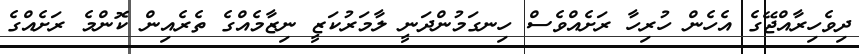
ދިވެހިރާއްޖޭގެ އެހެން ހުރިހާ ރަށެއްވެސް ހިނގަމުންދަނީ ލާމަރުކަޒީ ނިޒާމެއްގެ ތެރެއިން ކޮންމެ ރަށެއްގެ